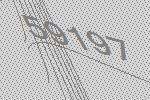
59197